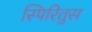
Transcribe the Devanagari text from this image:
स्पिरितुस